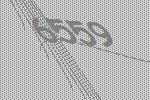
6559